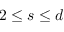
2 \leq s \leq d